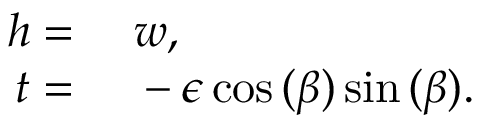
\begin{array} { r l } { h = { } } & { { } w , } \\ { t = { } } & { { } - \epsilon \cos { ( \beta ) } \sin { ( \beta ) } . } \end{array}